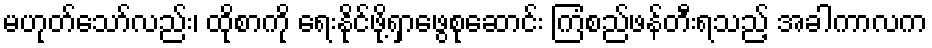
မဟုတ်သော်လည်း၊ ထိုစာကို ရေးနိုင်ဖို့ရှာဖွေစုဆောင်း ကြံစည်ဖန်တီးရသည့် အခါကာလက